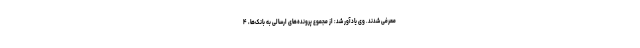
معرفی شدند. وی یادآور شد: از مجموع پرونده‌های ارسالی به بانک‌ها، ۴